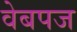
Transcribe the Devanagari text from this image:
वेबपज